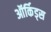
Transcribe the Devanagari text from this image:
ऑर्किड्स